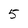
Character: 5